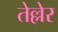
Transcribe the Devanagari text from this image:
तेल्लेर